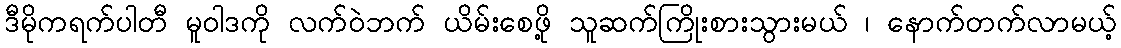
ဒီမိုကရက်ပါတီ မူဝါဒကို လက်ဝဲဘက် ယိမ်းစေဖို့ သူဆက်ကြိုးစားသွားမယ် ၊ နောက်တက်လာမယ့်